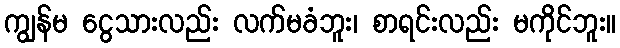
ကျွန်မ ငွေသားလည်း လက်မခံဘူး၊ စာရင်းလည်း မကိုင်ဘူး။